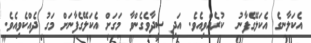
އެކަލާނގެ އެކަލޭގެފާނު  ކުރެއްވިއެވެ. އަދި ސީދާވެގެންވާ މަގަށް އެކަލޭގެފާނަށް މަގު ދެއްކެވިއެވެ.